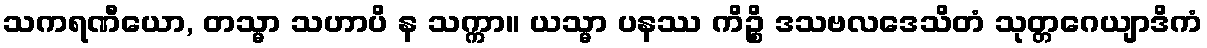
သကရဏီယော, တသ္မာ သဟာပိ န သက္ကာ။ ယသ္မာ ပနဿ ကိဉ္စိ ဒသဗလဒေသိတံ သုတ္တဂေယျာဒိကံ